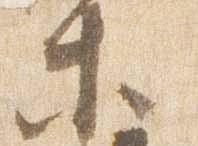
等